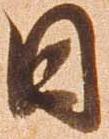
日